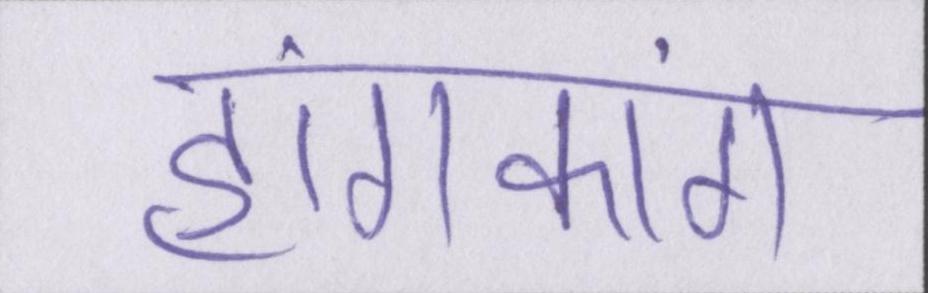
हांगकांग